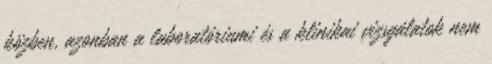
közben, azonban a laboratóriumi és a klinikai vizsgálatok nem